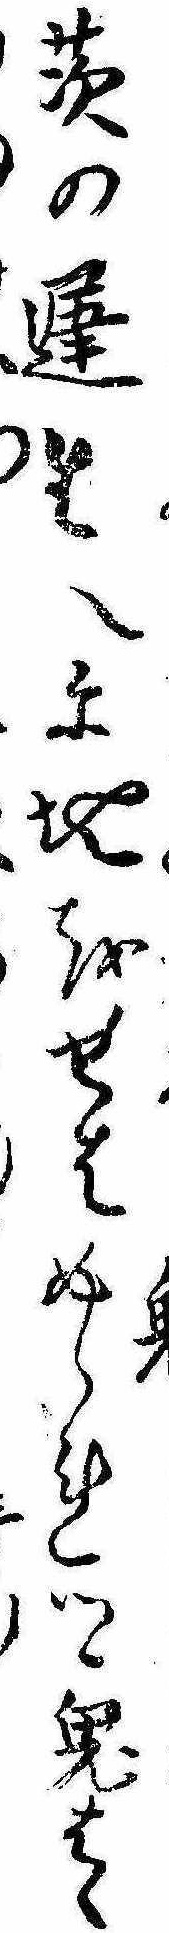
茨の遅生へに地をせはめられつゝ鬼はゝ